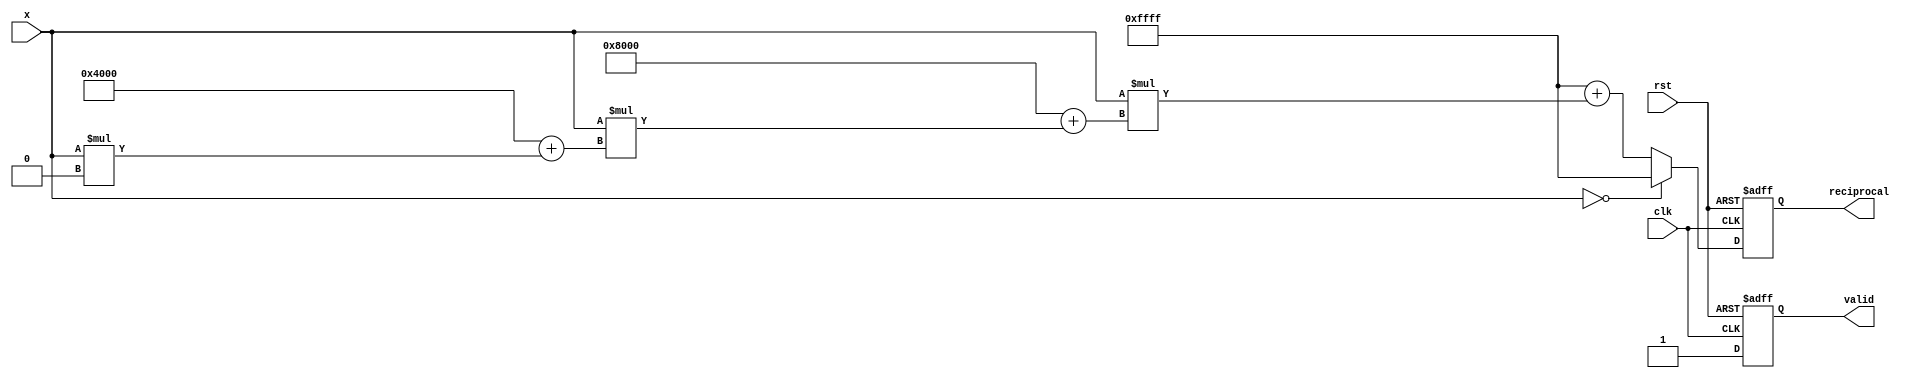
module poly_reciprocal (
    input wire [15:0] x,         // Input value (fixed-point in range [0, 1])
    input wire clk,              // Clock signal
    input wire rst,              // Reset signal
    output reg [15:0] reciprocal, // Output reciprocal value
    output reg valid             // Output valid signal
);

    // Polynomial coefficients for approximation (example coefficients)
    parameter c0 = 16'hFFFF; // 1.0
    parameter c1 = 16'h8000; // -2.0
    parameter c2 = 16'h4000; // 1.0
    parameter c3 = 16'h0000; // 0.0 (for higher degree, add more coefficients)

    reg [15:0] x_squared;
    reg [15:0] x_cubed;
    
    always @(posedge clk or posedge rst) begin
        if (rst) begin
            reciprocal <= 16'h0000; // Reset output
            valid <= 1'b0;          // Reset valid signal
        end else begin
            // Check for division by zero
            if (x == 16'h0000) begin
                reciprocal <= 16'hFFFF; // Handle division by zero case (return max value)
                valid <= 1'b1;          // Indicate valid output
            end else begin
                // Compute x^2 and x^3
                x_squared <= x * x; // x^2
                x_cubed <= x_squared * x; // x^3

                // Polynomial evaluation using Horner's method
                // P(x) = c0 + x * (c1 + x * (c2 + x * c3))
                reciprocal <= c0 + (x * (c1 + (x * (c2 + (x * c3)))));
                valid <= 1'b1; // Indicate valid output
            end
        end
    end

endmodule